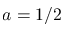
a = 1 / 2